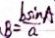
、 B = \frac { b \sin A } { a }